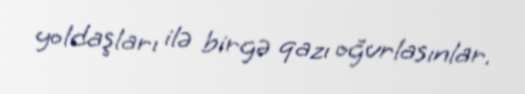
yoldaşları ilə birgə qazı oğurlasınlar.